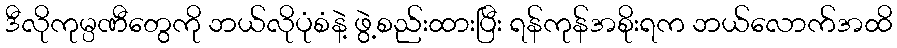
ဒီလိုကုမ္ပဏီတွေကို ဘယ်လိုပုံစံနဲ့ ဖွဲ့စည်းထားပြီး ရန်ကုန်အစိုးရက ဘယ်လောက်အထိ